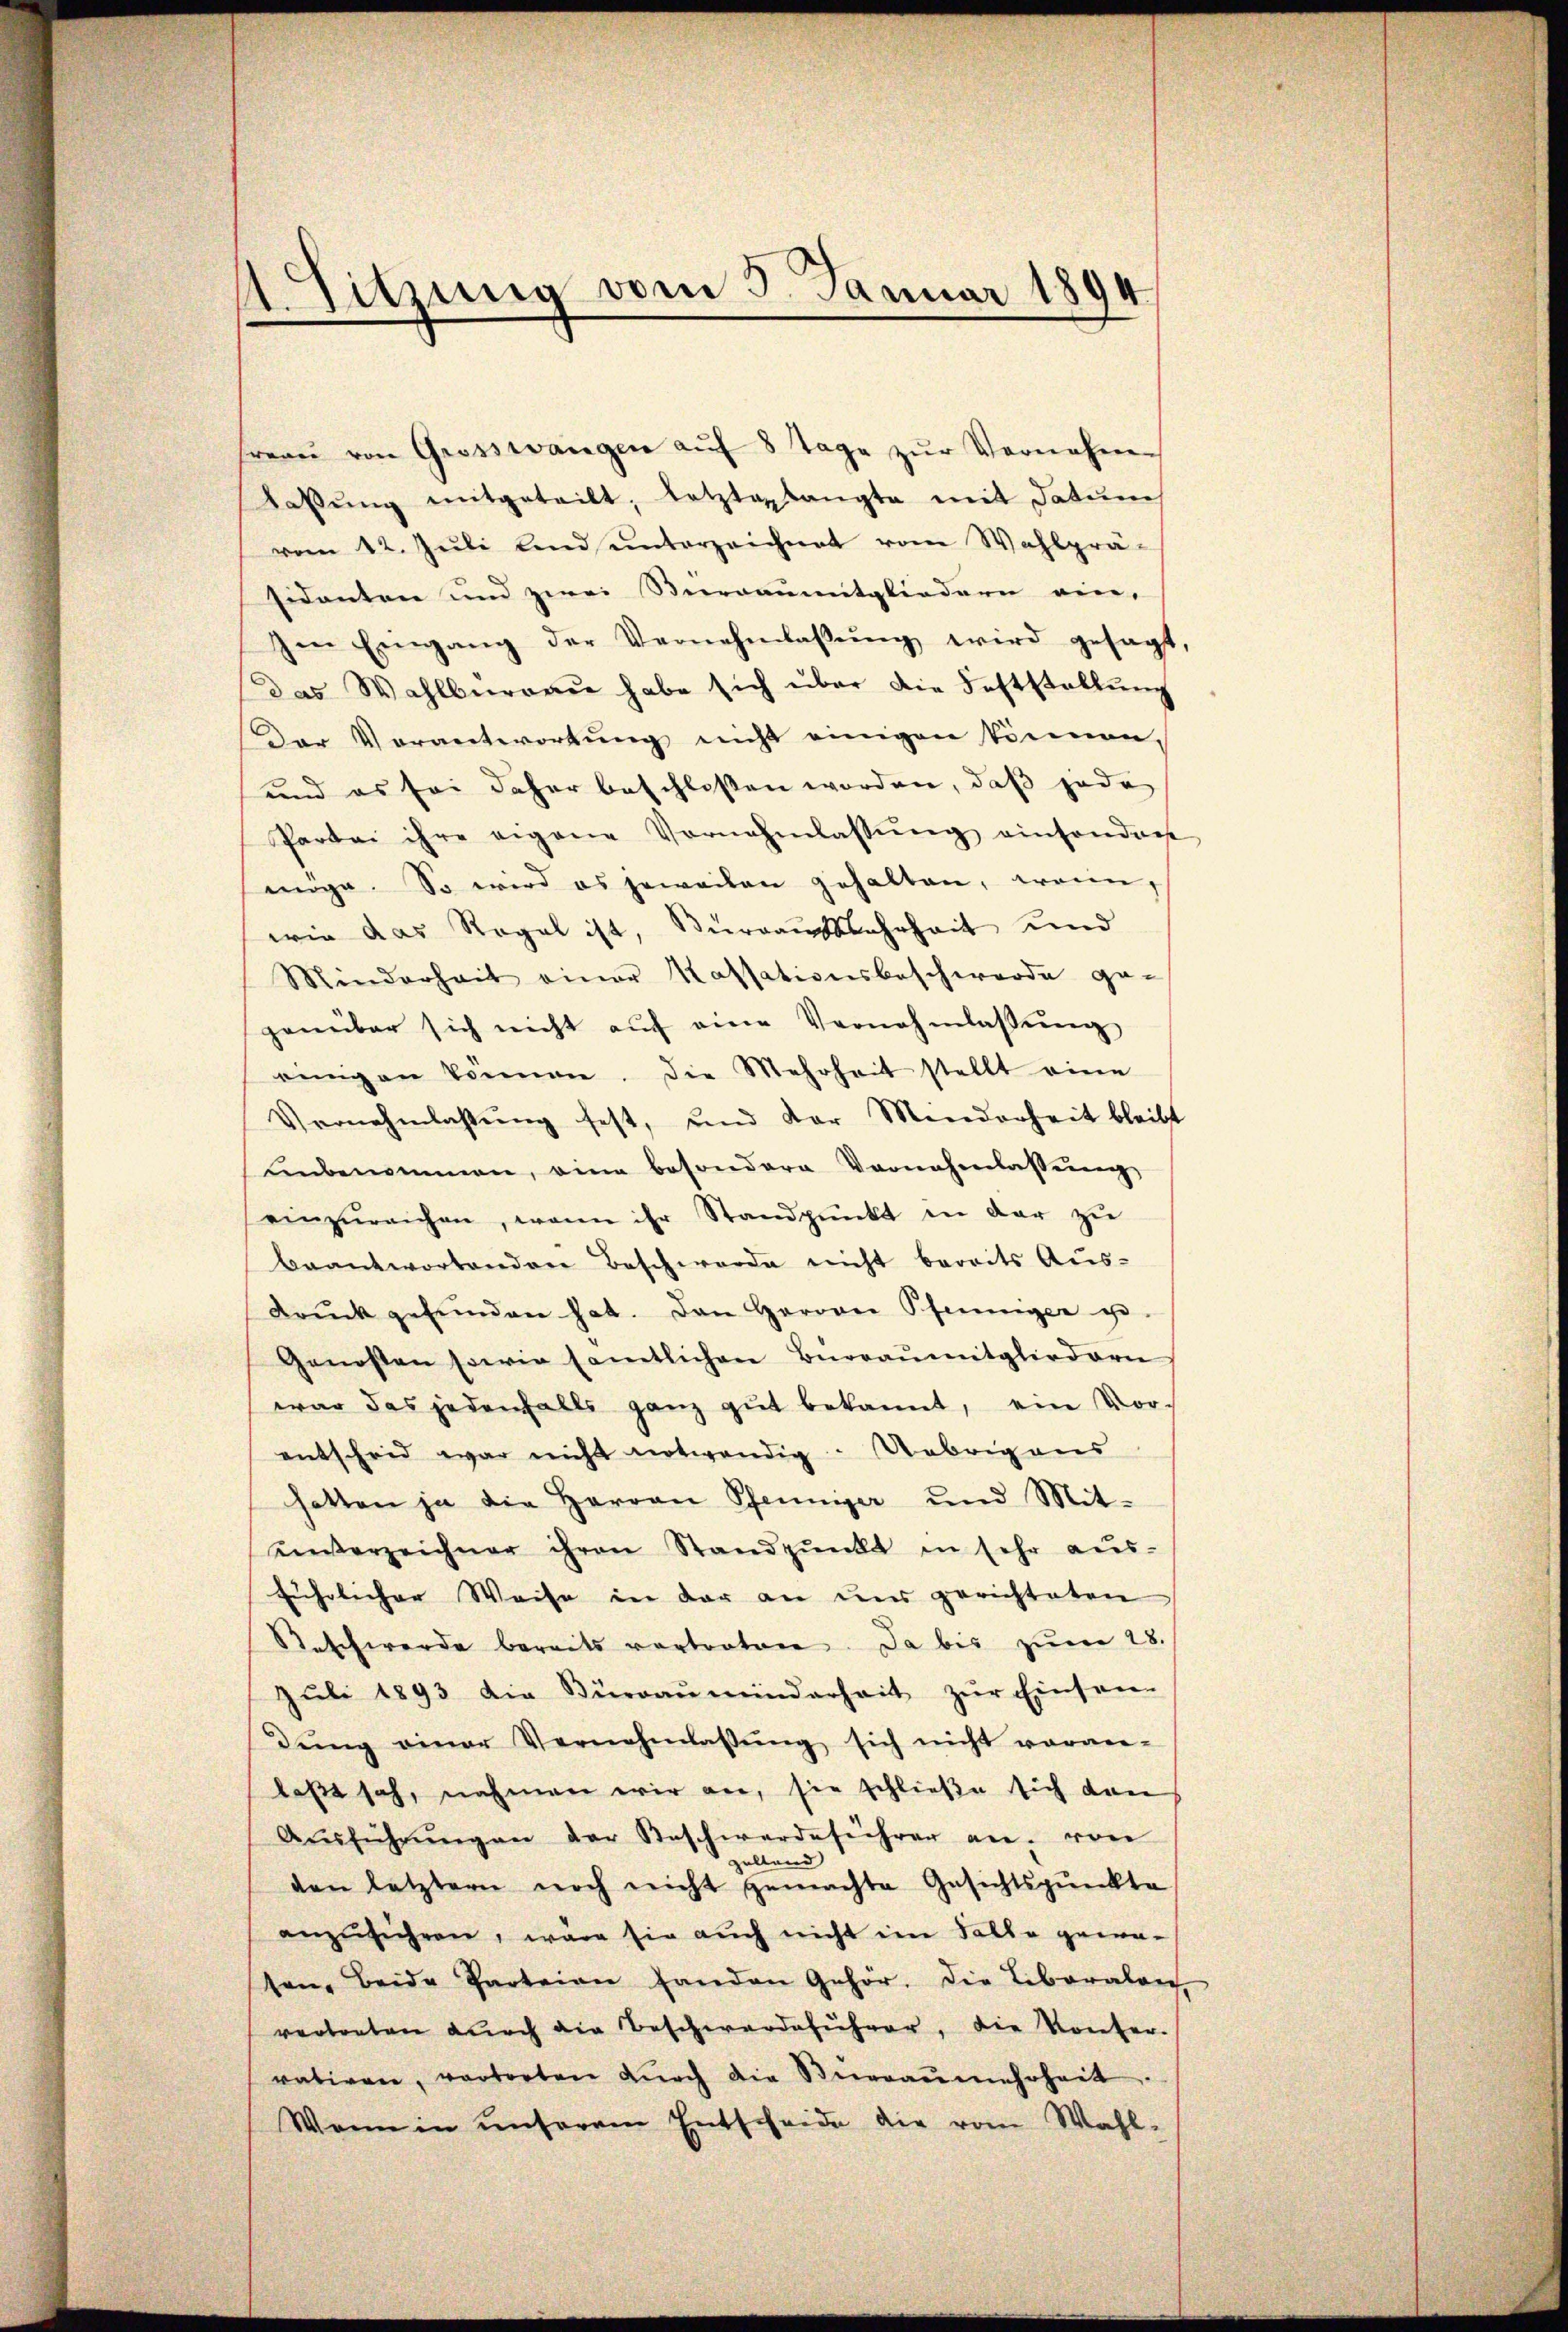
1 Sitzung vom 5. Januar 1894

freaŭ von Grosswangen aŭf 8 Tage zŭr Vernehme
Latŭng mitgeteilt, letztaplangte mit Datums
vom 12. Jŭli land ŭnterzeichnet vom Wahlprä-
sidenten und zwei Sternaumitgliedern ein,
Im Eingang der Vernehmlassŭng wird gesagt,
das Wahlburgau habe sich über die Feststellŭng
Der Verantwortung nicht einigen können,
und es sei daher beschlossen worden, daß jede
Partei ihre eigene Vornahmlassŭng einsonder
möge. So wird es jeweilen gehalten, wenn,
wie das Regal ist, Büreaussahrheit und
Minderheit einer Kassationsbeschwerde ge-
genüber sich nicht aŭf eine Vernehmlassŭng
einigen können. Die Mehrheit stellt eine
Vernehmlassŭng fest, und der Minderheit bleibt
unbenommen, eine besondere Vornehmlassŭng
einzŭreichen, wenn ihr Standpŭnkt in der zŭ
beantwortenden Beschwerde nicht bereits Aus-
Drŭck gefŭnden hat. Den Herren Pfenniger ge-
Genossen sowie samtlichen Büreaŭmitgliedern
war das jedenfalls ganz gut bekannt, ein Vor-
entscheid war nicht notwendig. Uebrigens
hatten ja die Harran Pfenniger und Mit-
enverzeichner ihren Standpŭnkt in sehr aŭs-
führlicher Weise in der an uns gerichteten
Beschwerde bereits vertreten. Da bis zum 28.
Juli 1893 die Büreaŭmeinderheit zŭr Einsam
dŭng einer Vernehmlassŭng sich nicht vorge-
laßt sah, nahmen wir an, sie schließe sich dan
Aŭsführŭngen der Beschwerdeführer an. von
zellend
den letztern noch nicht gemachte Gesichtspunkte
anzuführen, wäre sie auch nicht im Falle gewa-
sen, Beide Parteien handen Gehör. Die Liberalen
vertreten durch die Beschwerdeführer, die Konfer-
rativen, vortorten dŭrch die Stieraŭmehrheit
Wenn in unserem Entscheide die vom Wahl-